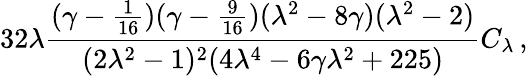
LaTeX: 32\lambda{\frac{(\gamma-{\frac{1}{16}})(\gamma-{\frac{9}{16}})(\lambda^{2}-8\gamma)(\lambda^{2}-2)}{(2\lambda^{2}-1)^{2}(4\lambda^{4}-6\gamma\lambda^{2}+225)}}C_{\lambda}\, ,